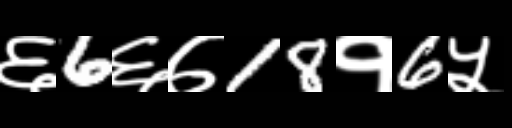
Text: ६6६७18१6५